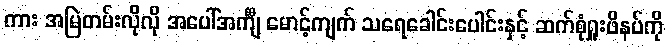
ကား အမြဲတမ်းလိုလို အပေါ်အင်္ကျီ မောင့်ကျက် သရေခေါင်းပေါင်းနှင့် ဆက်စုံရှူးဖိနပ်ကို